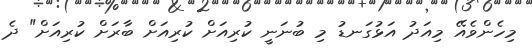
މިހެންވެއޭ މިއަދު އަޅުގަނޑު މި ބުނަނީ ކުރިއަށް ކުރިއަށް ބާރަށް ކުރިއަށް" ދެ